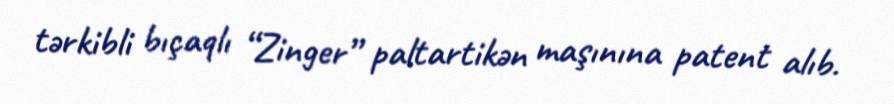
tərkibli bıçaqlı “Zinger” paltartikən maşınına patent alıb.